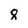
Character: 8